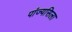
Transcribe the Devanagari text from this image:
पांज्यसिला